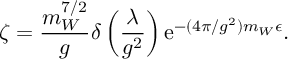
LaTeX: \zeta = \frac { m _ { W } ^ { 7 / 2 } } { g } \delta \left( \frac { \lambda } { g ^ { 2 } } \right) \mathrm { e } ^ { - ( 4 \pi / g ^ { 2 } ) m _ { W } \epsilon } .